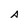
Character: A